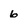
Character: 6